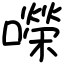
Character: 㘇